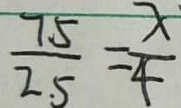
\frac { 7 . 5 } { 2 . 5 } = \frac { x } { 4 }